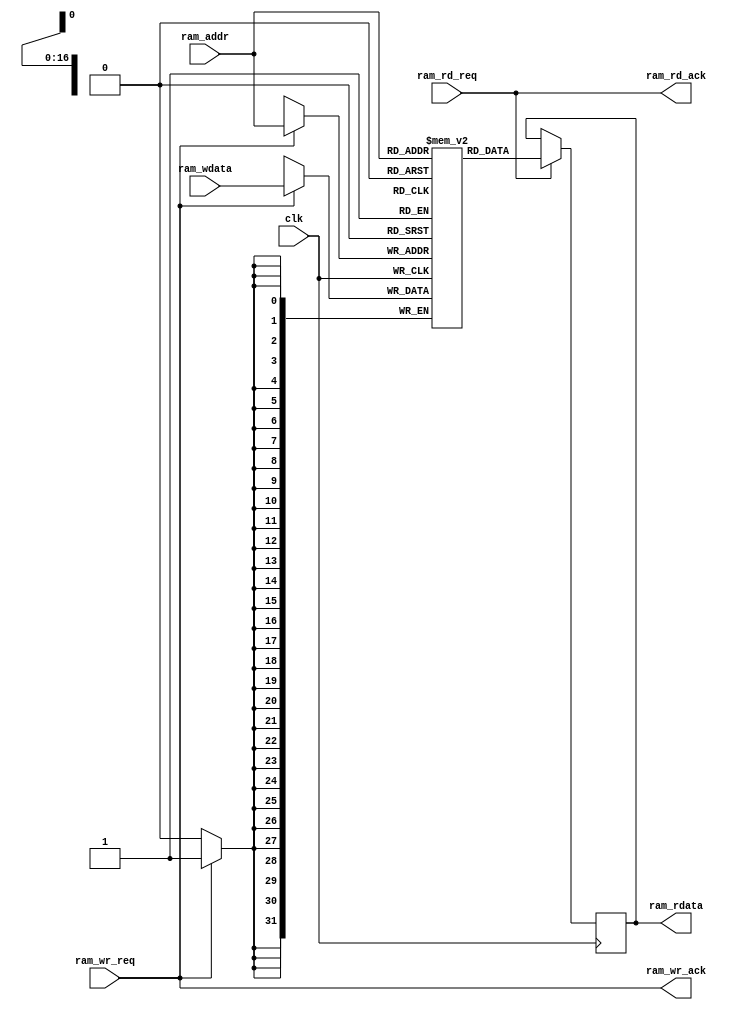
module mem (
    input                       clk,
    input                       ram_wr_req,
    output                      ram_wr_ack,
    input                       ram_rd_req,
    output                      ram_rd_ack,
    input       [16:0]          ram_addr,
    input       [31:0]          ram_wdata,
    output reg  [31:0]          ram_rdata
);
// mem
reg [31:0] mem [2**17-1:0];
// wr
always @(posedge clk) begin
    if (ram_wr_req) begin
        mem[ram_addr] <= ram_wdata;
    end
    if (ram_rd_req) begin
        ram_rdata <= mem[ram_addr];
    end
end
// ack
assign ram_rd_ack = ram_rd_req;
assign ram_wr_ack = ram_wr_req;

endmodule